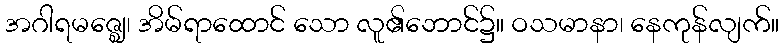
အဂါရမဇ္ဈေ၊ အိမ်ရာထောင် သော လူ၏ဘောင်၌။ ဝသမာနာ၊ နေကုန်လျက်။